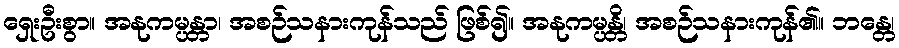
ရှေးဦးစွာ။ အနုကမ္ပန္တာ၊ အစဉ်သနားကုန်သည် ဖြစ်၍။ အနုကမ္ပန္တိ၊ အစဉ်သနားကုန်၏။ ဘန္တေ၊